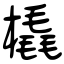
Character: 橇